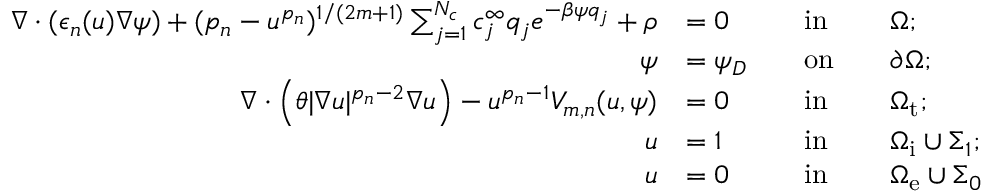
\begin{array} { r l r l r l } { \nabla \cdot ( \epsilon _ { n } ( u ) \nabla \psi ) + ( p _ { n } - u ^ { p _ { n } } ) ^ { 1 / ( 2 m + 1 ) } \sum _ { j = 1 } ^ { N _ { c } } c _ { j } ^ { \infty } q _ { j } e ^ { - \beta \psi q _ { j } } + \rho } & { = 0 } & & { \mathrm { i n } } & & { \Omega ; } \\ { \psi } & { = \psi _ { D } } & & { \mathrm { o n } } & & { \partial \Omega ; } \\ { \nabla \cdot \left( \theta | \nabla u | ^ { p _ { n } - 2 } \nabla u \right) - u ^ { p _ { n } - 1 } V _ { m , n } ( u , \psi ) } & { = 0 } & & { \mathrm { i n } } & & { \Omega _ { \mathrm { t } } ; } \\ { u } & { = 1 } & & { \mathrm { i n } } & & { \Omega _ { \mathrm { i } } \cup \Sigma _ { 1 } ; } \\ { u } & { = 0 } & & { \mathrm { i n } } & & { \Omega _ { \mathrm { e } } \cup \Sigma _ { 0 } } \end{array}